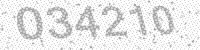
Solution: 034210